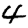
Digit: 4